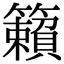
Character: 籟